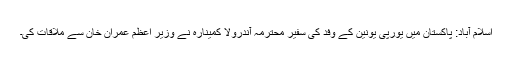
اسلام آباد: پاکستان میں یورپی یونین کے وفد کی سفیر محترمہ آندرولا کمینارہ نے وزیر اعظم عمران خان سے ملاقات کی۔